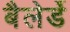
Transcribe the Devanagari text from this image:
बैलेर्डे